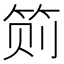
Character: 𱷸